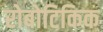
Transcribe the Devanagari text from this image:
रोबोटिकिक